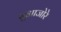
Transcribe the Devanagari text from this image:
सुआजोरे